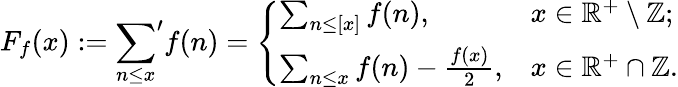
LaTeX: F_{f}(x):={\sum_{n\leq x}}^{\prime}f(n)={\left\{ \begin{array}{ll}{\sum_{n\leq[x]}f(n),}&{x\in\mathbb{R}^{+}\setminus\mathbb{Z};}\\ {\sum_{n\leq x}f(n)-{\frac{f(x)}{2}},}&{x\in\mathbb{R}^{+}\cap\mathbb{Z}.}\end{array}\right.}